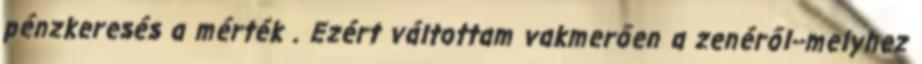
pénzkeresés a mérték . Ezért váltottam vakmerően a zenéről--melyhez